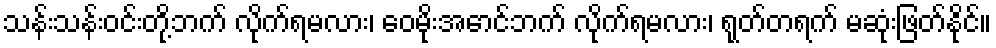
သန်းသန်းဝင်းတို့ဘက် လိုက်ရမလား၊ ဝေမိုးအောင်ဘက် လိုက်ရမလား၊ ရုတ်တရက် မဆုံးဖြတ်နိုင်။